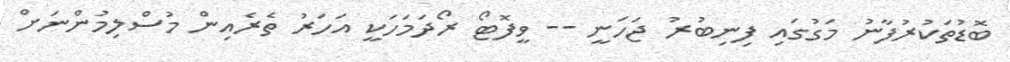
ބޮޑުތަކުރުފާނު މަގުގައި ފިނިބުރު ޖަހަނީ -- ވީފޮޓޯ ރޯދަމަހަކީ އަހަރު ތެރެއިން މުސްލިމުންނަށް